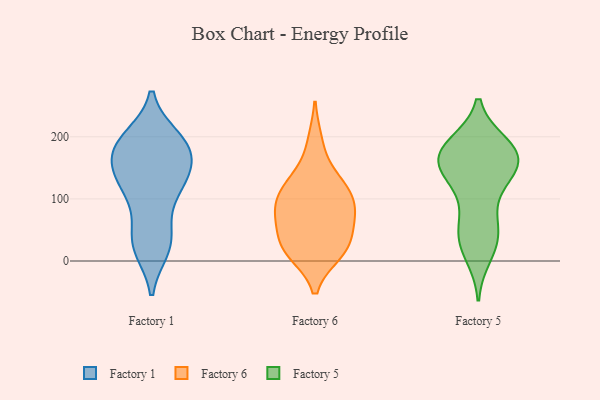
{"axis": {"x": "Inventory Turnover", "y": "Value"}, "legend": ["Factory 1", "Factory 5", "Factory 6"], "data": [{"x": "", "y": 59, "type": "Factory 1"}, {"x": "", "y": 34, "type": "Factory 1"}, {"x": "", "y": 171, "type": "Factory 1"}, {"x": "", "y": 116, "type": "Factory 1"}, {"x": "", "y": 130, "type": "Factory 1"}, {"x": "", "y": 103, "type": "Factory 1"}, {"x": "", "y": 176, "type": "Factory 1"}, {"x": "", "y": 182, "type": "Factory 1"}, {"x": "", "y": 20, "type": "Factory 1"}, {"x": "", "y": 135, "type": "Factory 1"}, {"x": "", "y": 198, "type": "Factory 1"}, {"x": "", "y": 186, "type": "Factory 1"}, {"x": "", "y": 162, "type": "Factory 1"}, {"x": "", "y": 25, "type": "Factory 1"}, {"x": "", "y": 191, "type": "Factory 1"}, {"x": "", "y": 24, "type": "Factory 1"}, {"x": "", "y": 138, "type": "Factory 1"}, {"x": "", "y": 129, "type": "Factory 1"}, {"x": "", "y": 198, "type": "Factory 1"}, {"x": "", "y": 191, "type": "Factory 6"}, {"x": "", "y": 131, "type": "Factory 6"}, {"x": "", "y": 14, "type": "Factory 6"}, {"x": "", "y": 24, "type": "Factory 6"}, {"x": "", "y": 23, "type": "Factory 6"}, {"x": "", "y": 84, "type": "Factory 6"}, {"x": "", "y": 69, "type": "Factory 6"}, {"x": "", "y": 126, "type": "Factory 6"}, {"x": "", "y": 85, "type": "Factory 6"}, {"x": "", "y": 73, "type": "Factory 6"}, {"x": "", "y": 117, "type": "Factory 6"}, {"x": "", "y": 13, "type": "Factory 6"}, {"x": "", "y": 40, "type": "Factory 6"}, {"x": "", "y": 99, "type": "Factory 6"}, {"x": "", "y": 182, "type": "Factory 5"}, {"x": "", "y": 122, "type": "Factory 5"}, {"x": "", "y": 29, "type": "Factory 5"}, {"x": "", "y": 175, "type": "Factory 5"}, {"x": "", "y": 187, "type": "Factory 5"}, {"x": "", "y": 141, "type": "Factory 5"}, {"x": "", "y": 180, "type": "Factory 5"}, {"x": "", "y": 10, "type": "Factory 5"}, {"x": "", "y": 152, "type": "Factory 5"}, {"x": "", "y": 63, "type": "Factory 5"}, {"x": "", "y": 42, "type": "Factory 5"}, {"x": "", "y": 151, "type": "Factory 5"}, {"x": "", "y": 32, "type": "Factory 5"}, {"x": "", "y": 172, "type": "Factory 5"}, {"x": "", "y": 155, "type": "Factory 5"}, {"x": "", "y": 182, "type": "Factory 5"}, {"x": "", "y": 143, "type": "Factory 5"}, {"x": "", "y": 77, "type": "Factory 5"}]}